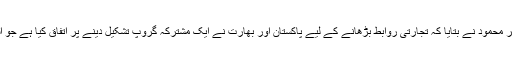
بات چیت کے بعد پاکستانی وفد کے سربراہ سیکرٹری تجارت ظفر محمود نے بتایا کہ تجارتی روابط بڑھانے کے لیے پاکستان اور بھارت نے ایک مشترکہ گروپ تشکیل دینے پر اتفاق کیا ہے جو اسلام آباد میں ہونے والی بات چیت میں پیش رفت کا جائزہ لے گا۔